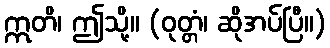
ဣတိ၊ ဤသို့။ (ဝုတ္တံ၊ ဆိုအပ်ပြီ။)